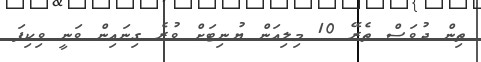
ތިން ދުވަސް ތެރޭ 10 މިލިއަން ޔުނިޓަށް ވުރެ ގިނައިން ވަނީ ވިކިފަ